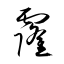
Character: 霳